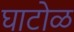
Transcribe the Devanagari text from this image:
घाटोळ